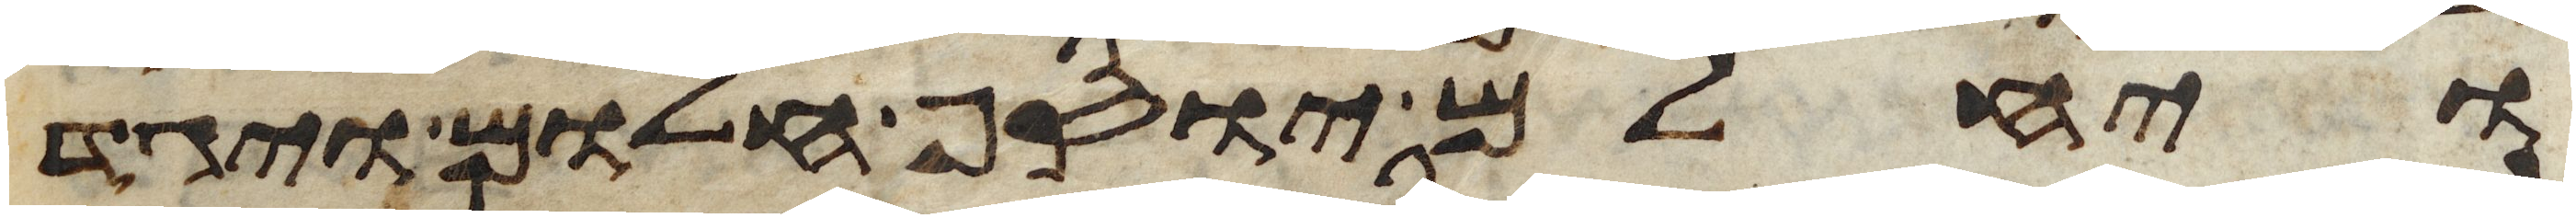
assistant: ויחלם יוסף חלום ויגד